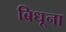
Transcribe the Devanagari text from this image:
बिधूना